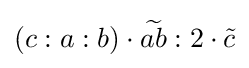
\left(c:a:b\right)\cdot {\widetilde {ab}}:2\cdot {\tilde {c}}